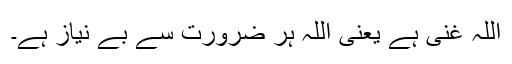
اللہ غنی ہے یعنی اللہ ہر ضرورت سے بے نیاز ہے۔